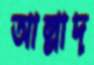
আল্লাদ